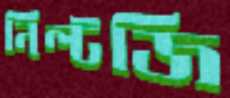
নিল্টজি